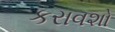
કરાવશો